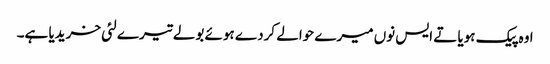
اوہ پیک ہویا تے ایس نوں میرے حوالے کردے ہوئے بولے تیرے لئی خریدیا ہے۔